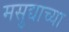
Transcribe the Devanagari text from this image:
मसुद्याच्या